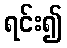
ရင်း၍